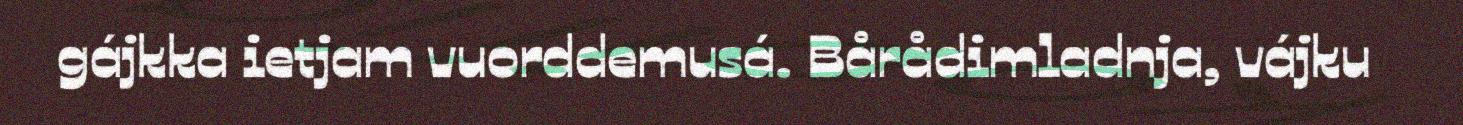
gájkka ietjam vuorddemusá. Bårådimladnja, vájku